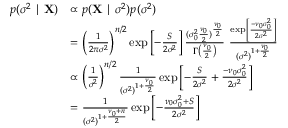
{ \begin{array} { r l } { p ( \sigma ^ { 2 } \mid \mathbf { X } ) } & { \propto p ( \mathbf { X } \mid \sigma ^ { 2 } ) p ( \sigma ^ { 2 } ) } \\ & { = \left( { \frac { 1 } { 2 \pi \sigma ^ { 2 } } } \right) ^ { n / 2 } \exp \left[ - { \frac { S } { 2 \sigma ^ { 2 } } } \right] { \frac { ( \sigma _ { 0 } ^ { 2 } { \frac { \nu _ { 0 } } { 2 } } ) ^ { \frac { \nu _ { 0 } } { 2 } } } { \Gamma \left( { \frac { \nu _ { 0 } } { 2 } } \right) } } ~ { \frac { \exp \left[ { \frac { - \nu _ { 0 } \sigma _ { 0 } ^ { 2 } } { 2 \sigma ^ { 2 } } } \right] } { ( \sigma ^ { 2 } ) ^ { 1 + { \frac { \nu _ { 0 } } { 2 } } } } } } \\ & { \propto \left( { \frac { 1 } { \sigma ^ { 2 } } } \right) ^ { n / 2 } { \frac { 1 } { ( \sigma ^ { 2 } ) ^ { 1 + { \frac { \nu _ { 0 } } { 2 } } } } } \exp \left[ - { \frac { S } { 2 \sigma ^ { 2 } } } + { \frac { - \nu _ { 0 } \sigma _ { 0 } ^ { 2 } } { 2 \sigma ^ { 2 } } } \right] } \\ & { = { \frac { 1 } { ( \sigma ^ { 2 } ) ^ { 1 + { \frac { \nu _ { 0 } + n } { 2 } } } } } \exp \left[ - { \frac { \nu _ { 0 } \sigma _ { 0 } ^ { 2 } + S } { 2 \sigma ^ { 2 } } } \right] } \end{array} }